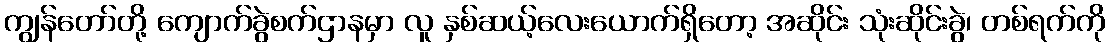
ကျွန်တော်တို့ ကျောက်ခွဲစက်ဌာနမှာ လူ နှစ်ဆယ့်လေးယောက်ရှိတော့ အဆိုင်း သုံးဆိုင်းခွဲ၊ တစ်ရက်ကို